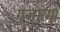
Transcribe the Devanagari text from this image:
गुजारेगा